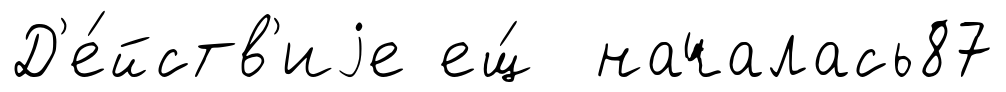
Д'е́йств'иjе ещ́ началась87